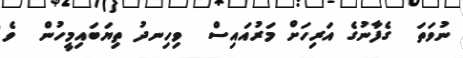
ނުވަތަ  ގެފާނުގެ އަރިހަށް މަރުއައިސް  ވިހިނދު ތިޔަބައިމީހުން  ވެ